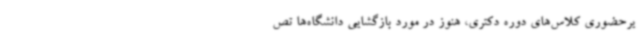
یرحضوری کلاس‌های دوره‌ دکتری، هنوز در مورد بازگشایی دانشگاه‌ها تص